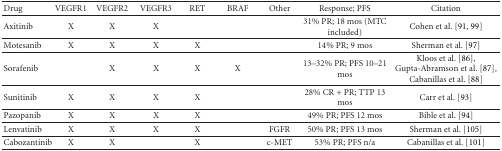
<table><thead><tr><td><b>Drug</b></td><td><b>VEGFR1</b></td><td><b>VEGFR2</b></td><td><b>VEGFR3</b></td><td><b>RET</b></td><td><b>BRAF</b></td><td><b>Other</b></td><td><b>Response; PFS</b></td><td><b>Citation</b></td></tr></thead><tbody><tr><td>Axitinib</td><td>X</td><td>X</td><td>X</td><td></td><td></td><td></td><td>31% PR; 18 mos (MTC included)</td><td>Cohen et al. [91, 99] </td></tr><tr><td>Motesanib</td><td>X</td><td>X</td><td>X</td><td>X</td><td></td><td></td><td>14% PR; 9 mos</td><td>Sherman et al. [97] </td></tr><tr><td>Sorafenib</td><td></td><td>X</td><td>X</td><td>X</td><td>X</td><td></td><td>13–32% PR; PFS 10–21 mos</td><td>Kloos et al. [86], Gupta-Abramson et al. [87], Cabanillas et al. [88] </td></tr><tr><td>Sunitinib</td><td>X</td><td>X</td><td>X</td><td>X</td><td></td><td></td><td>28% CR + PR; TTP 13 mos</td><td>Carr et al. [93] </td></tr><tr><td>Pazopanib</td><td>X</td><td>X</td><td>X</td><td>X</td><td></td><td></td><td>49% PR; PFS 12 mos</td><td>Bible et al. [94] </td></tr><tr><td>Lenvatinib</td><td>X</td><td>X</td><td>X</td><td>X</td><td></td><td>FGFR</td><td>50% PR; PFS 13 mos</td><td>Sherman et al. [105] </td></tr><tr><td>Cabozantinib</td><td>X</td><td>X</td><td></td><td>X</td><td></td><td>c-MET</td><td>53% PR; PFS n/a</td><td>Cabanillas et al. [101]</td></tr></tbody></table>